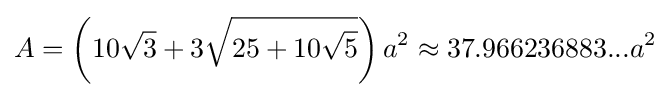
A=\left(10{\sqrt {3}}+3{\sqrt {25+10{\sqrt {5}}}}\right)a^{2}\approx 37.966236883...a^{2}